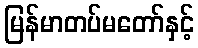
မြန်မာတပ်မတော်နှင့်